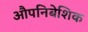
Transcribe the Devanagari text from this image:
औपनिबेशिक